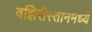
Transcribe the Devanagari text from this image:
वझिरीस्तानमध्ये